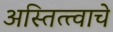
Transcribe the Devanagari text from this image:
अस्तित्त्वाचे